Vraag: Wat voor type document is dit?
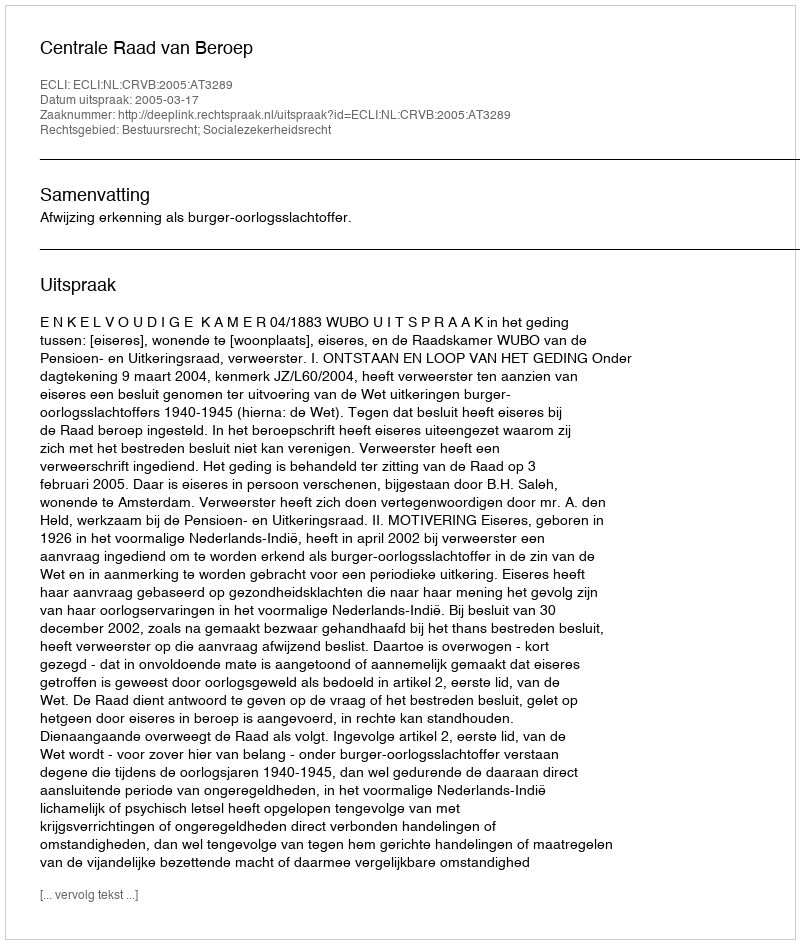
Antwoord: Uitspraak